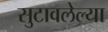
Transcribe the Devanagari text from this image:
सुटावलेल्या